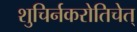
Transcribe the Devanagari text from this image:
शुचिर्नकरोतिचेत्